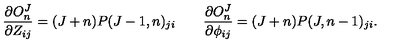
{ \frac { \partial O _ { n } ^ { J } } { \partial Z _ { i j } } } = ( J + n ) P ( J - 1 , n ) _ { j i } \qquad { \frac { \partial O _ { n } ^ { J } } { \partial \phi _ { i j } } } = ( J + n ) P ( J , n - 1 ) _ { j i } .